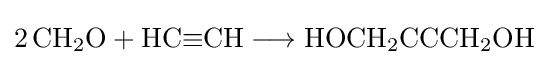
{2\,\mathrm {CH} {\vphantom {A}}_{\smash[{t}]{2}}\mathrm {O} {}+{}\mathrm {HC} {\equiv }\mathrm {CH} {}\mathrel {\longrightarrow } {}\mathrm {HOCH} {\vphantom {A}}_{\smash[{t}]{2}}\mathrm {CCCH} {\vphantom {A}}_{\smash[{t}]{2}}\mathrm {OH} }